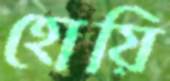
হোয়ি